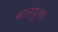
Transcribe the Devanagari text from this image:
बालयुक्त